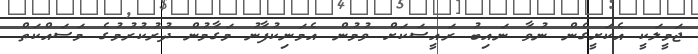
ޖަމީލަކީ އެކަށީގެން ނުވާ ނައިބު ރައީސަކަށް ވުމުން އެމަނިކުފާނު މަގާމުން ދުރުކުރުމުގެ މަސައްކަތް